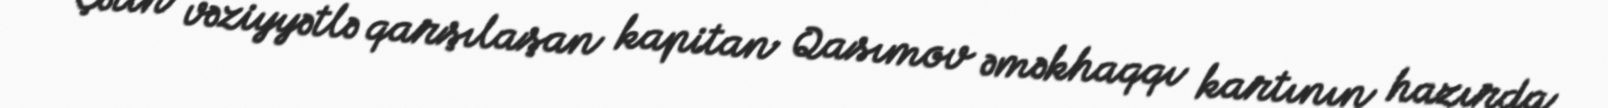
Çətin vəziyyətlə qarşılaşan kapitan Qasımov əməkhaqqı kartının hazırda